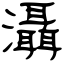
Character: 灄